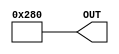
module U1 (OUT);

   parameter VALUE = -384;

   output [9:0] OUT;

   assign	OUT = VALUE;

endmodule